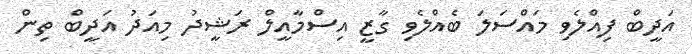
އަދީބް ފިއްލެވި މައްސަލަ ބެއްލެވި ގާޒީ އިސްމާއީލް ރަޝީދު މިއަދު އަދީބް ތިން